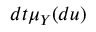
d t \mu _ { Y } ( d u )